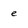
Character: e